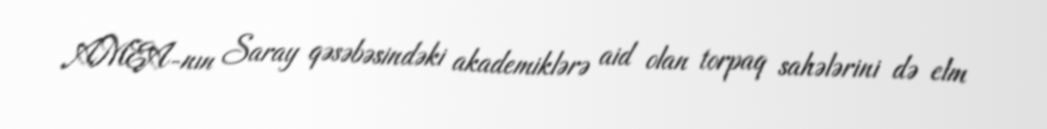
AMEA-nın Saray qəsəbəsindəki akademiklərə aid olan torpaq sahələrini də elm